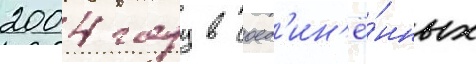
2004 году в соед'ин'ё́нных